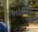
ખાકદિલ